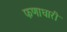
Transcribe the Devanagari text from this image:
फणाधारी